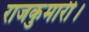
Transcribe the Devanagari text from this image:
राजकुमारी।